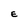
Character: E